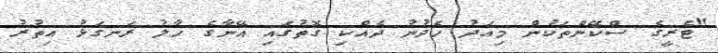
"ޓެރީގެ ސްކޭންތަކުން މިއަދު ހެދުނު ދެއްކި ގޮތުގައި އޭނާގެ ހާލު ރަނގަޅު އިތުރު